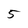
Character: 5